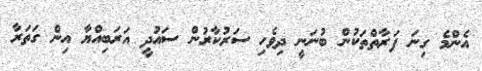
އެންމެ ގިނަ ފަރާތްތަކުން ބުނަނީ ދިވެހި ސަރުކާރުން ސައުދީ އަރަބިއްޔާ އިން ގަތަރާ